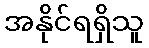
အနိုင်ရရှိသူ